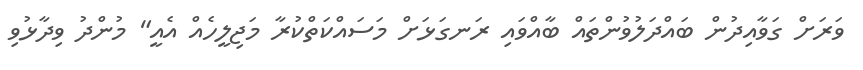
ވަރަށް ގަވާއިދުން ބައްދަލުވުންތައް ބާއްވައި ރަނގަޅަށް މަސައްކަތްކުރާ މަޖިލީހެއް އެއީ" މުންދު ވިދާޅުވި